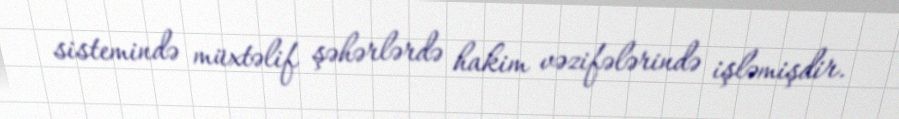
sistemində müxtəlif şəhərlərdə hakim vəzifələrində işləmişdir.